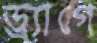
ড্র্যাগে